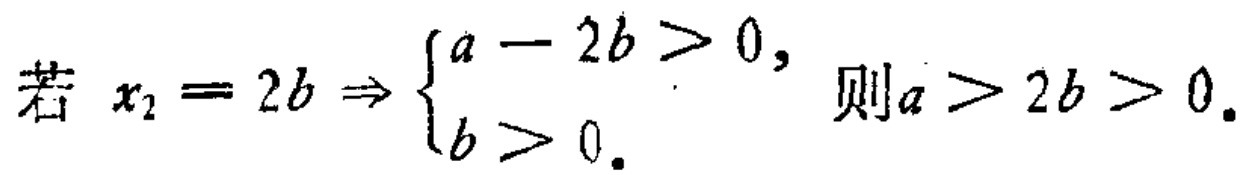
若 \(x_{2}=2b\Rightarrow \begin{cases}a - 2b>0, \\b>0.\end{cases}\) 则 \(a>2b>0\).